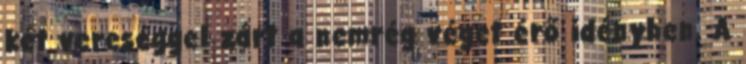
két vereséggel zárt a nemrég véget érő idényben. A